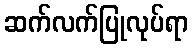
ဆက်လက်ပြုလုပ်ရာ